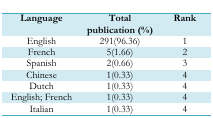
<table><thead><tr><td><b>Language</b></td><td><b>Total publication (%)</b></td><td><b>Rank</b></td></tr></thead><tbody><tr><td>English</td><td>291(96.36)</td><td>1</td></tr><tr><td>French</td><td>5(1.66)</td><td>2</td></tr><tr><td>Spanish</td><td>2(0.66)</td><td>3</td></tr><tr><td>Chinese</td><td>1(0.33)</td><td>4</td></tr><tr><td>Dutch</td><td>1(0.33)</td><td>4</td></tr><tr><td>English; French</td><td>1(0.33)</td><td>4</td></tr><tr><td>Italian</td><td>1(0.33)</td><td>4</td></tr></tbody></table>